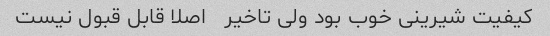
کیفیت شیرینی خوب بود ولی تاخیر   اصلا قابل قبول نیست